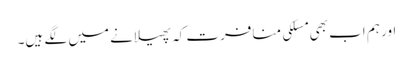
اور ہم اب بھی مسلکی منافرت کہ پھیلانے میں لگے ہیں۔